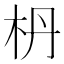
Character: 枬